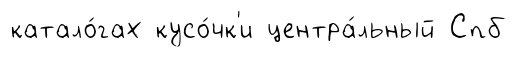
катало́гах кусо́чк'и центра́льный Спб